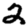
Digit: 2